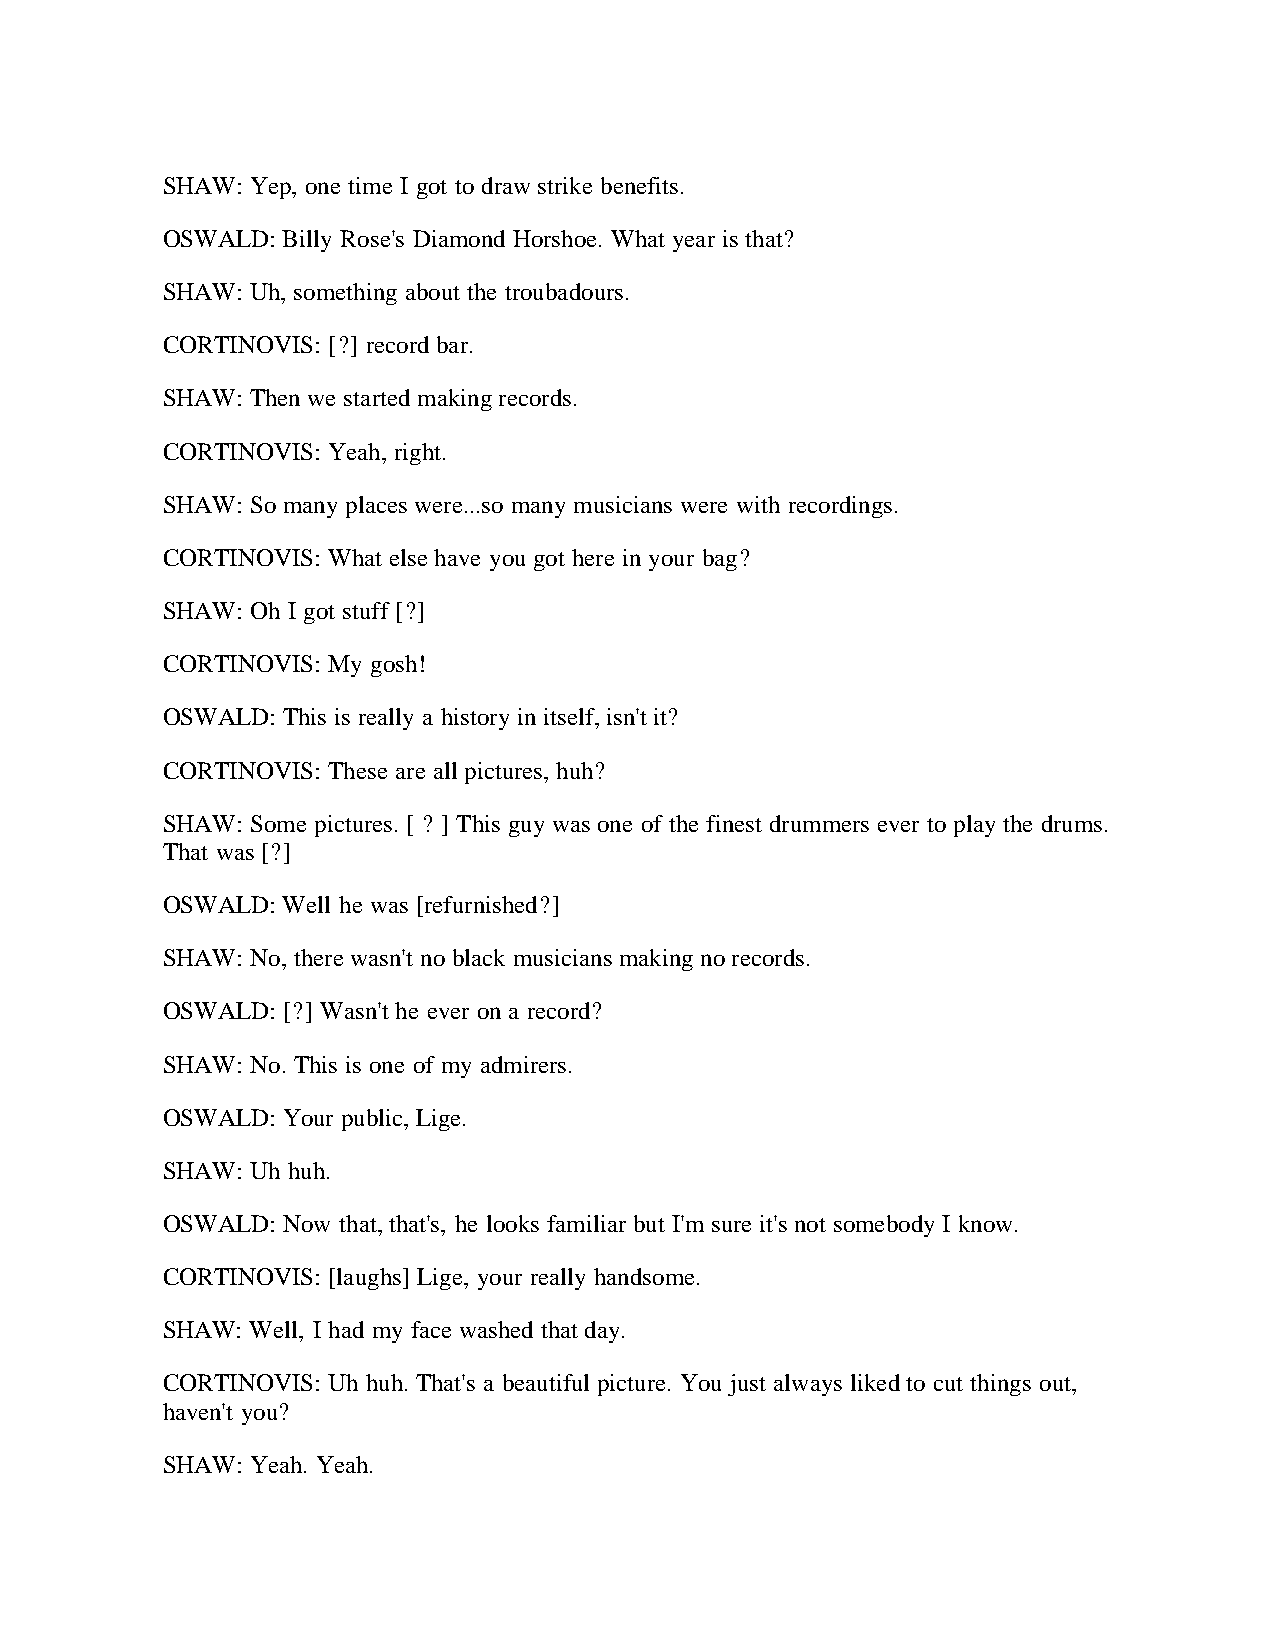
SHAW: Yep, one time I got to draw strike benefits.
 OSWALD: Billy Rose's Diamond Horshoe. What year is that?
 SHAW: Uh, something about the troubadours.
 CORTINOVIS: [?] record bar.
 SHAW: Then we started making records.
 CORTINOVIS: Yeah, right.
 SHAW: So many places were...so many musicians were with recordings.
 CORTINOVIS: What else have you got here in your bag?
 SHAW: Oh I got stuff [?]
 CORTINOVIS: My gosh!
 OSWALD: This is really a history in itself, isn't it?
 CORTINOVIS: These are all pictures, huh?
 SHAW: Some pictures. [ ? ] This guy was one of the finest drummers ever to play the drums.
 That was [?]
 OSWALD: Well he was [refurnished?]
 SHAW: No, there wasn't no black musicians making no records.
 OSWALD: [?] Wasn't he ever on a record?
 SHAW: No. This is one of my admirers.
 OSWALD: Your public, Lige.
 SHAW: Uh huh.
 OSWALD: Now that, that's, he looks familiar but I'm sure it's not somebody I know.
 CORTINOVIS: [laughs] Lige, your really handsome.
 SHAW: Well, I had my face washed that day.
 CORTINOVIS: Uh huh. That's a beautiful picture. You just always liked to cut things out,
 haven't you?
 SHAW: Yeah. Yeah.